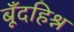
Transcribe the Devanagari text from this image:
बूँदहिश्न